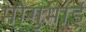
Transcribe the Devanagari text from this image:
मोगुभाई